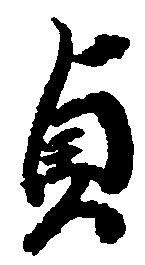
貞